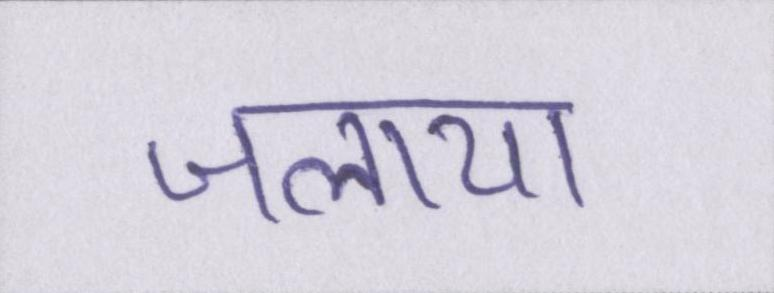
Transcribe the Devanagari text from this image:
जलाया